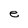
Character: e